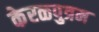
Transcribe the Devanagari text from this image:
केरळपुत्रम